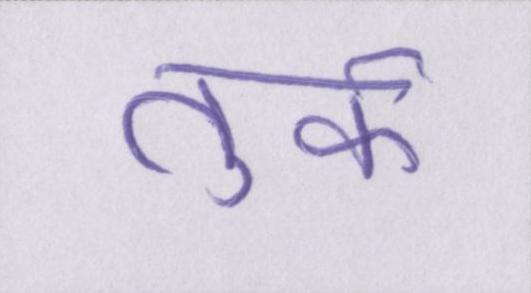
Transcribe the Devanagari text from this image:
तुर्क